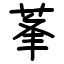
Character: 莑